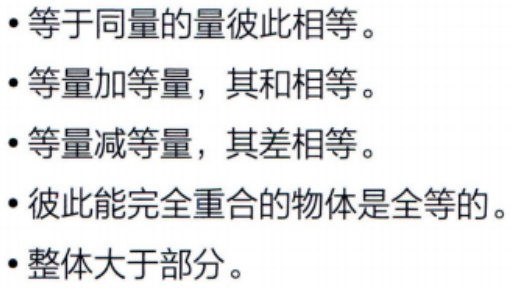
#NAME?